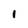
Character: 1